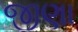
જીણા